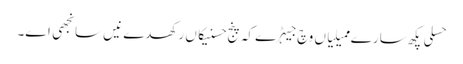
حسلی پکھ سارے ممیلیاں وچ جیہڑے کہ پنج حسنیکاں رکھدے نیں سانجھی اے۔